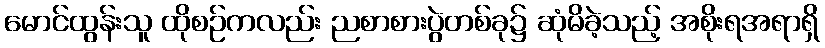
မောင်ထွန်းသူ ထိုစဉ်ကလည်း ညစာစားပွဲတစ်ခု၌ ဆုံမိခဲ့သည့် အစိုးရအရာရှိ